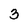
Character: 3